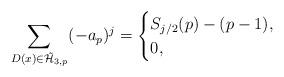
LaTeX: \begin{align*} \sum_{D(x)\in\tilde{\mathcal{H}}_{3,p}} (-a_p)^j = \begin{cases} S_{j/2}(p)-(p-1), & \\ 0, & \end{cases}\end{align*}